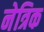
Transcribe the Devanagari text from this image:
नेत्रिक